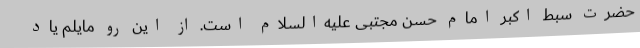
حضرت سبط اکبر امام حسن مجتبی علیه‌السلام است. از این رو مایلم یاد